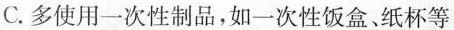
C.多使用一次性制品，如一次性饭盒、纸杯等